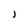
Character: J